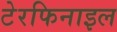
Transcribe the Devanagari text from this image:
टेरफिनाइल